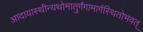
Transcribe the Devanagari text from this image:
आदायास्थीन्यथोमातुर्गंगामार्गस्थितोभवत्